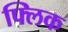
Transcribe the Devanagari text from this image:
फ्‍लिक